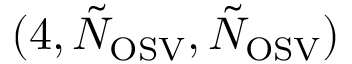
( 4 , \tilde { N } _ { \mathrm { O S V } } , \tilde { N } _ { \mathrm { O S V } } )